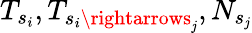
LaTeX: T_{s_{i}},T_{s_{i}\rightarrows_{\mathit{j}}},N_{s_{\mathit{j}}}